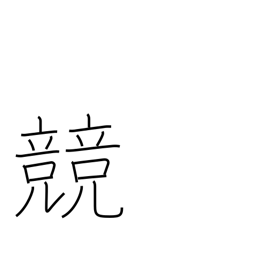
Meaning: contest